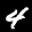
Label: 4